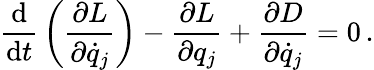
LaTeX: {\frac{\mathrm{d}}{\mathrm{d}t}}\left({\frac{\partial L}{\partial{\dot{q}}_{j}}}\right)-{\frac{\partial L}{\partial q_{j}}}+{\frac{\partial D}{\partial{\dot{q}}_{j}}}=0\, .